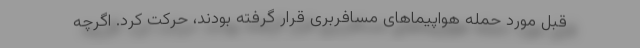
قبل مورد حمله هواپیماهای مسافربری قرار گرفته بودند، حرکت کرد. اگرچه